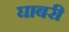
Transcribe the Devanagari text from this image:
घाबरी